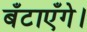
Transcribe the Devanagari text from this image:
बँटाएँगे।